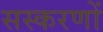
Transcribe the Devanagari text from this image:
सस्करणों